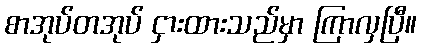
စာအုပ်တအုပ် ငှားထားသည်မှာ ကြာလှပြီ။